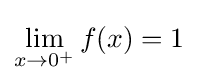
\lim _{x\to 0^{+}}f(x)=1